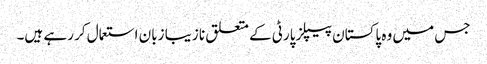
جس میں وہ پاکستان پیپلز پارٹی کے متعلق نا زیبا زبان استعمال کر رہے ہیں۔